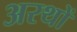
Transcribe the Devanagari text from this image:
अरथों